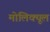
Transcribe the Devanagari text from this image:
मोलिक्यूल